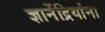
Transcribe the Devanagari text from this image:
ज्ञानेंद्रियांना